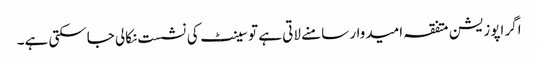
اگر اپوزیشن متفقہ امیدوار سامنے لاتی ہے تو سینٹ کی نشست نکالی جاسکتی ہے۔